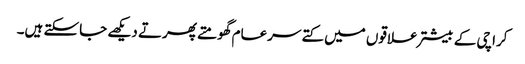
کراچی کے بیشتر علاقوں میں کتے سرعام گھومتے پھرتے دیکھے جاسکتے ہیں۔